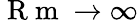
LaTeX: \mathrm{~R~m~}\to\infty